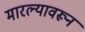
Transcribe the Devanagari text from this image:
मारल्यावरून